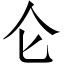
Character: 仑